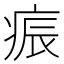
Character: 𭼏